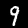
Label: 9